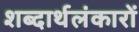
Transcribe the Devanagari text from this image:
शब्दार्थलंकारों